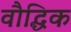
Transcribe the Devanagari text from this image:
वौद्धिक